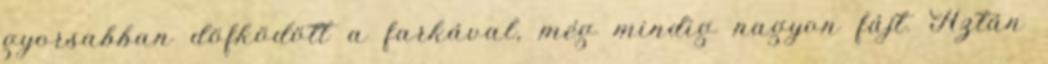
gyorsabban döfködött a farkával, még mindig nagyon fájt. Aztán